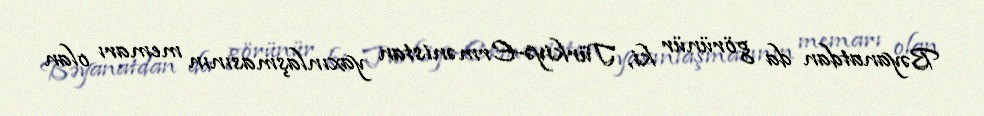
Bəyanatdan da görünür ki, Türkiyə-Ermənistan yaxınlaşmasının memarı olan